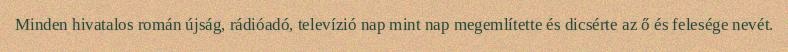
Minden hivatalos román újság, rádióadó, televízió nap mint nap megemlítette és dicsérte az ő és felesége nevét.